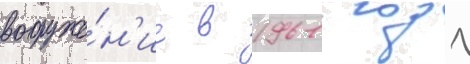
вооруже́н'ие в 1961 году